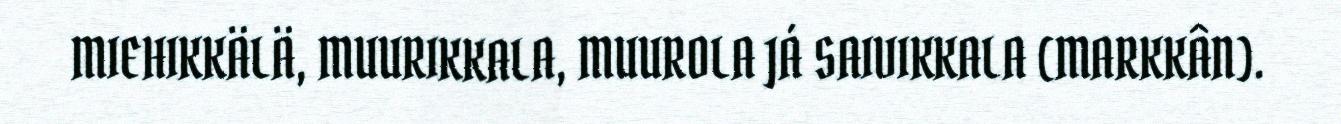
MIEHIKKÄLÄ, MUURIKKALA, MUUROLA JÁ SAIVIKKALA (MARKKÂN).